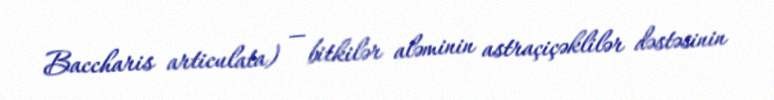
Baccharis articulata) — bitkilər aləminin astraçiçəklilər dəstəsinin